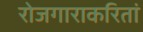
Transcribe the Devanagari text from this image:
रोजगाराकरितां